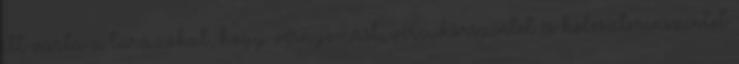
itt várta a túrázókat, hogy vérnyomást, vércukorszintet és koleszterinszintet